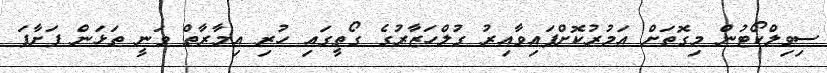
ސިވިލްކޯޓުން މިގޮތަށް އަމުރުކޮށްފައިވާއިރު ގުލްހަޒާރުގެ ގޯތީގައި ހުރި އިމާރާތް ވަނީ ތަޅަން ފަށާފަ